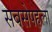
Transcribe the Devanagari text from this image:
सबसेपहला